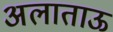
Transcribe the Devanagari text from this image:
अलाताऊ